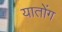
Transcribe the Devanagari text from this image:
यातोंग